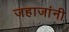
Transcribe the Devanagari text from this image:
जहाजांनी